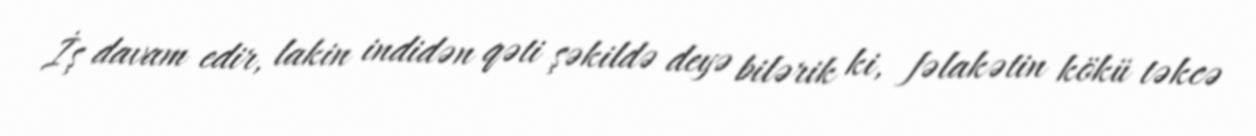
İş davam edir, lakin indidən qəti şəkildə deyə bilərik ki, fəlakətin kökü təkcə